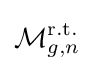
{\mathcal {M}}_{g,n}^{\mathrm {r.t.} }